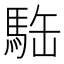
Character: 𩢿